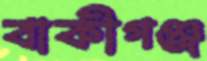
বাকীগঞ্জ